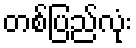
တစ်ပြည်လုံး